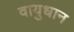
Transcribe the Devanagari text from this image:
वायुधान